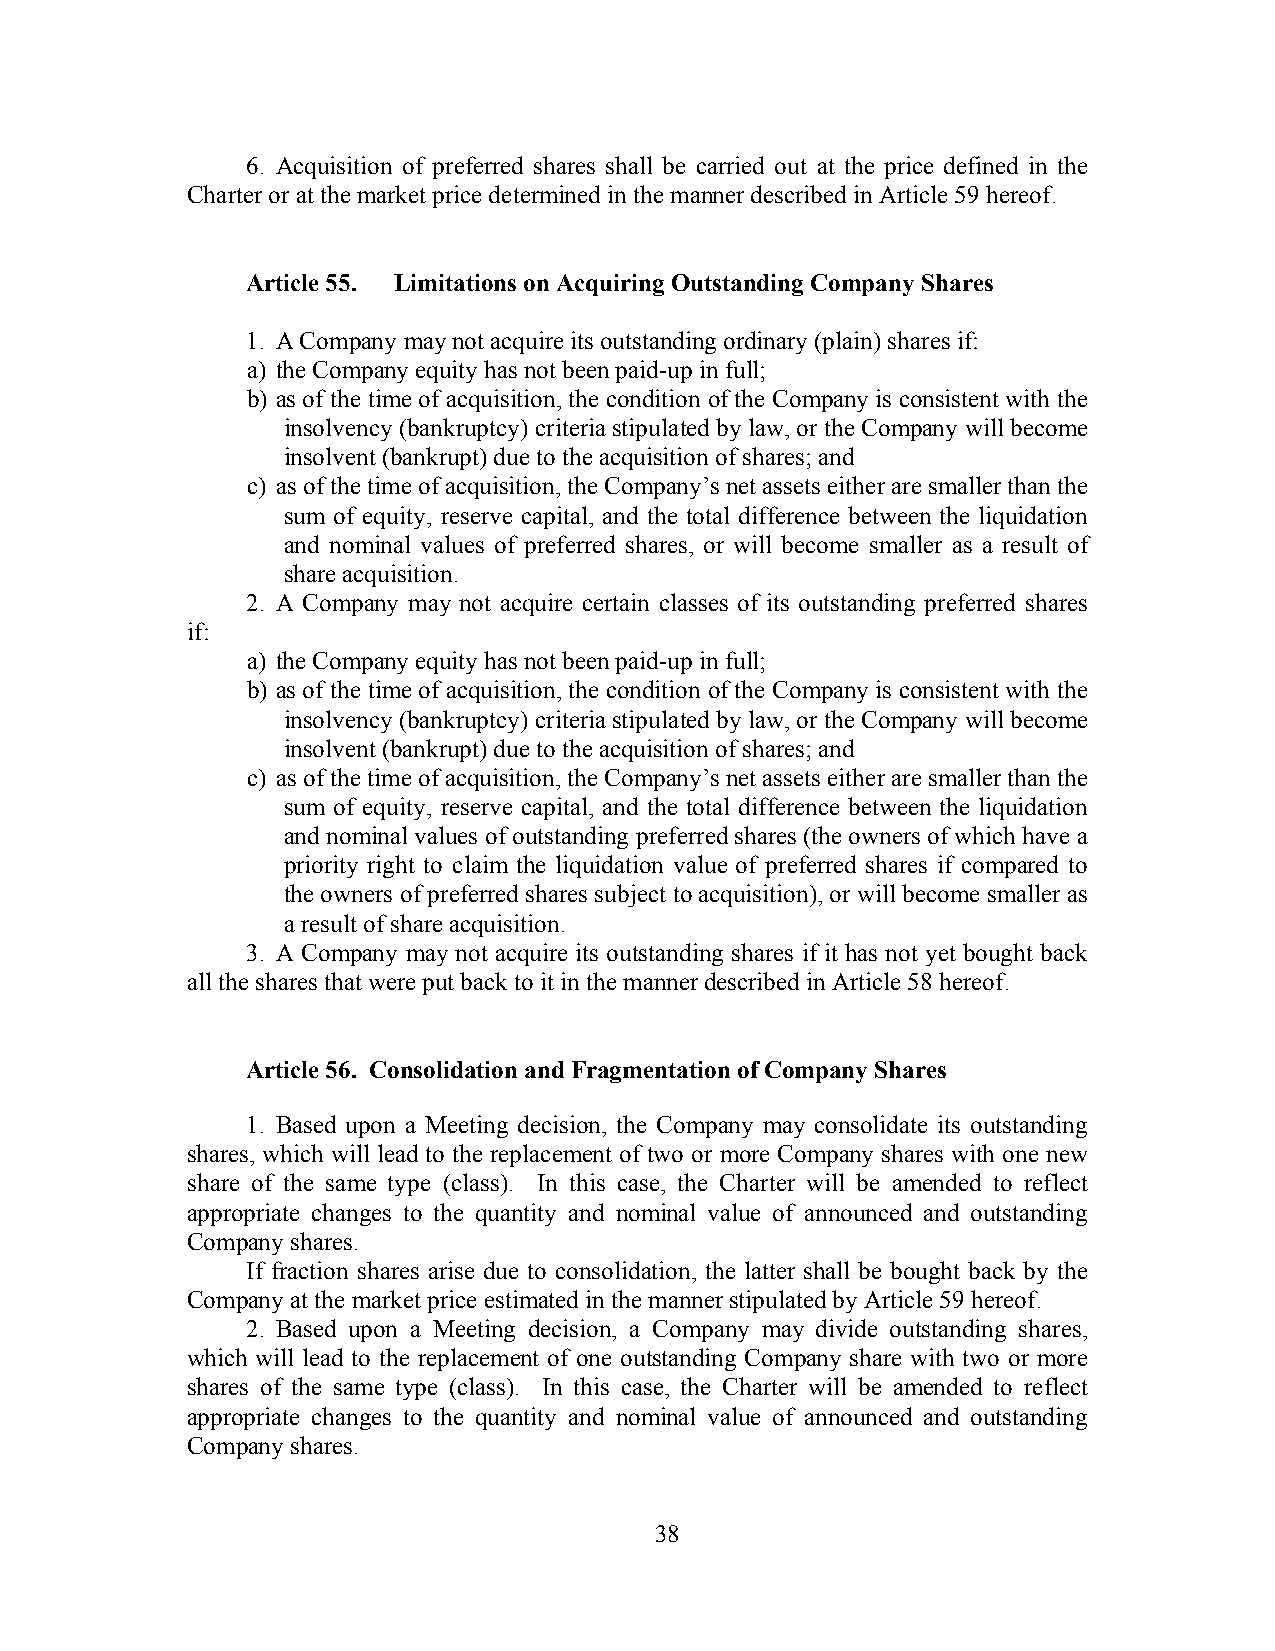
6. Acquisition of preferred shares shall be carried out at the price defined in the
 Charter or at the market price determined in the manner described in Article 59 hereof.
 Article 55. Limitations on Acquiring Outstanding Company Shares
 1. A Company may not acquire its outstanding ordinary (plain) shares if:
 a) the Company equity has not been paid-up in full;
 b) as of the time of acquisition, the condition of the Company is consistent with the
 insolvency (bankruptcy) criteria stipulated by law, or the Company will become
 insolvent (bankrupt) due to the acquisition of shares; and
 c) as of the time of acquisition, the Company’s net assets either are smaller than the
 sum of equity, reserve capital, and the total difference between the liquidation
 and nominal values of preferred shares, or will become smaller as a result of
 share acquisition.
 2. A Company may not acquire certain classes of its outstanding preferred shares
 if:
 a) the Company equity has not been paid-up in full;
 b) as of the time of acquisition, the condition of the Company is consistent with the
 insolvency (bankruptcy) criteria stipulated by law, or the Company will become
 insolvent (bankrupt) due to the acquisition of shares; and
 c) as of the time of acquisition, the Company’s net assets either are smaller than the
 sum of equity, reserve capital, and the total difference between the liquidation
 and nominal values of outstanding preferred shares (the owners of which have a
 priority right to claim the liquidation value of preferred shares if compared to
 the owners of preferred shares subject to acquisition), or will become smaller as
 a result of share acquisition.
 3. A Company may not acquire its outstanding shares if it has not yet bought back
 all the shares that were put back to it in the manner described in Article 58 hereof.
 Article 56. Consolidation and Fragmentation of Company Shares
 1. Based upon a Meeting decision, the Company may consolidate its outstanding
 shares, which will lead to the replacement of two or more Company shares with one new
 share of the same type (class). In this case, the Charter will be amended to reflect
 appropriate changes to the quantity and nominal value of announced and outstanding
 Company shares.
 If fraction shares arise due to consolidation, the latter shall be bought back by the
 Company at the market price estimated in the manner stipulated by Article 59 hereof.
 2. Based upon a Meeting decision, a Company may divide outstanding shares,
 which will lead to the replacement of one outstanding Company share with two or more
 shares of the same type (class). In this case, the Charter will be amended to reflect
 appropriate changes to the quantity and nominal value of announced and outstanding
 Company shares.
 38